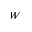
W